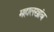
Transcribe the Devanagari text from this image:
महालखांब